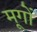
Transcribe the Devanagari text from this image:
मूगों